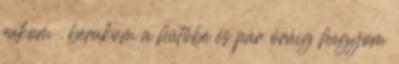
rakom . berakom a hütőbe és pár óráig hagyom